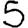
Digit: 5